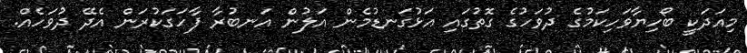
މިއަދަކީ ބޯހިޔާވަހިކަމުގެ ދުވަހުގެ ގޮތުގައި އަޅުގަނޑުމެން އަލުން އަނބުރާ ފާހަގަކުރަން އެދޭ ދުވަހެއް.